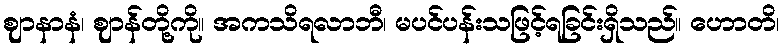
ဈာနာနံ၊ ဈာန်တို့ကို။ အကသိရလာဘီ၊ မပင်ပန်းသဖြင့်ရခြင်းရှိသည်။ ဟောတိ၊